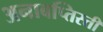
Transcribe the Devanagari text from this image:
अनाबप्तिस्ती